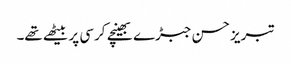
تبریز حسن جبڑے بھینچے کرسی پر بیٹھے تھے۔